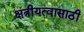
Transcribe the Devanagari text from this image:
क्षत्रीयत्वासाठी